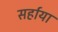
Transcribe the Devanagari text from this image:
सर्हाया